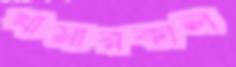
খামারকাল